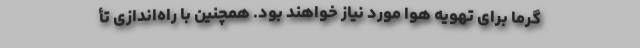
گرما برای تهویه هوا مورد نیاز خواهند بود. همچنین با راه‌اندازی تأ